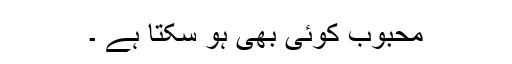
محبوب کوئی بھی ہو سکتا ہے ۔